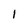
Character: I